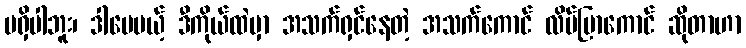
မရှိပါဘူး၊ ဒါပေမယ့် ဒီကိုယ်ထဲမှာ အသက်ရှင်နေတဲ့ အသက်ကောင် လိပ်ပြာကောင် ဆိုတာဟာ